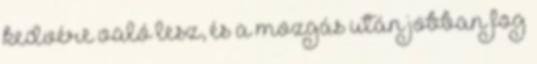
kedvére való lesz, és a mozgás után jobban fog